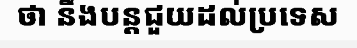
ថា នឹងបន្តជួយដល់ប្រទេស